Problem: 40 - 40 = ?
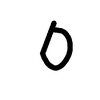
Handwritten answer: 0